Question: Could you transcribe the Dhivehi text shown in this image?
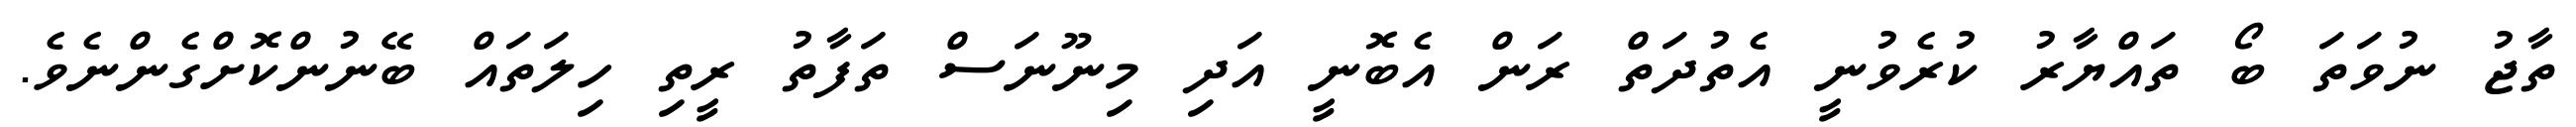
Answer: ތާޖު ނުވަތަ ބޯ ތައްޔާރު ކުރެވުނީ އެތުދަތް ރަން އެބޮނީ އަދި މިނޫނަސް ތަފާތު ރީތި ހިލަތައް ބޭނުންކޮށްގެންނެވެ.